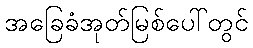
အခြေခံအုတ်မြစ်ပေါ်တွင်